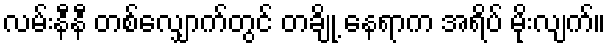
လမ်းနီနီ တစ်လျှောက်တွင် တချို့ နေရာက အရိပ် မိုးလျက်။